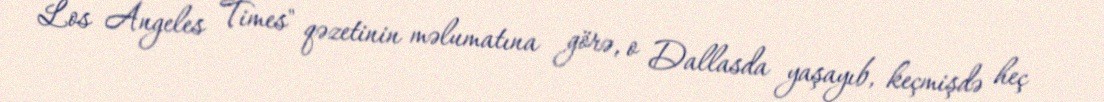
Los Angeles Times" qəzetinin məlumatına görə, o Dallasda yaşayıb, keçmişdə heç